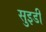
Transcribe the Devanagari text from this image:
सुइडी